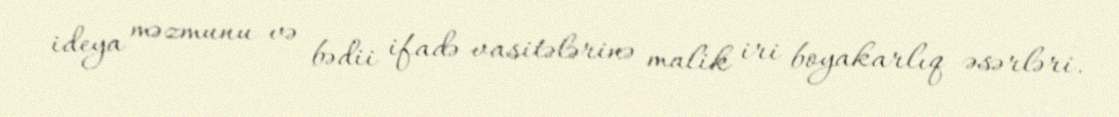
ideya məzmunu və bədii ifadə vasitələrinə malik iri boyakarlıq əsərləri.